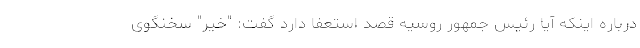
درباره اینکه آیا رئیس جمهور روسیه قصد استعفا دارد گفت: "خیر" سخنگوی